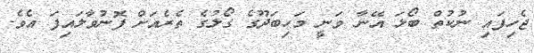
ޖެހިފައި ނުކުތް ބޯޅަ އޭނާ ވަނީ މަހިބަދޫގެ ގޯލުގެ ތެރެއަށް ފޮނުވާލައިފަ އެވެ.